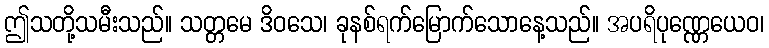
ဤသတို့သမီးသည်။ သတ္တမေ ဒိဝသေ၊ ခုနစ်ရက်မြောက်သောနေ့သည်။ အပရိပုဏ္ဏေယေဝ၊